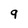
Character: 9